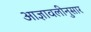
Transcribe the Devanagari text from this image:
आज्ञावलीनुसार